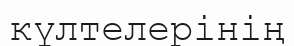
күлтелерінің